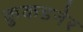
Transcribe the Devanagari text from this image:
कुकडनेर